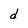
Character: d